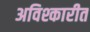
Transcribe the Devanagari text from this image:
अविश्कारीत